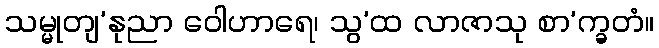
သမ္မုတျ’နုညာ ဝေါဟာရေ၊ သွ’ထ လာဇာသု စာ’က္ခတံ။